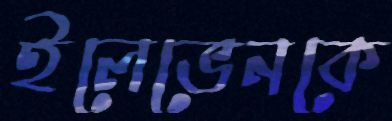
ইলেভেনকে